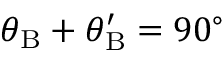
\theta _ { \mathrm { B } } + \theta _ { \mathrm { B } } ^ { \prime } = 9 0 ^ { \circ }